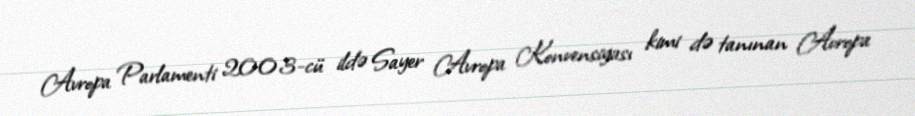
Avropa Parlamenti 2003-cü ildə Sayer Avropa Konvensiyası kimi də tanınan Avropa